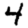
Digit: 4